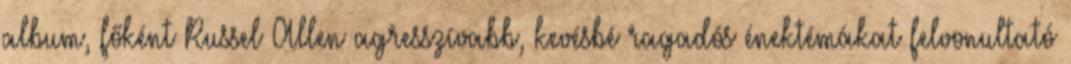
album, főként Russel Allen agresszívabb, kevésbé ragadós énektémákat felvonultató